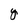
Character: Y